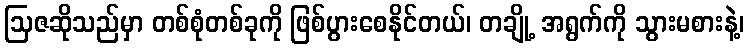
ဩဇဆိုသည်မှာ တစ်စုံတစ်ခုကို ဖြစ်ပွားစေနိုင်တယ်၊ တချို့ အရွက်ကို သွားမစားနဲ့၊